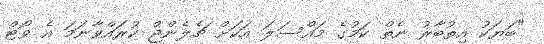
"ބަޔަކު އިތުބާރު ނެތް ކަމުގެ މައްސަލަ އަކަށް ޗެލެންޖް ކުރައްވާނަމަ އެ ވޯޓް